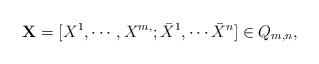
LaTeX: \begin{align*}{\bf X}=[ X^{1},\cdots,X^{m,}; \bar {X}^{1},\cdots \bar {X}^{n} ] \in Q_{m,n},\end{align*}